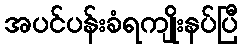
အပင်ပန်းခံရကျိုးနပ်ပြီ